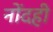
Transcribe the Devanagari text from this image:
नोंदही